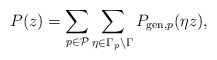
\begin{align*} P(z)=\sum_{p\in \mathcal{P}}\sum_{\eta\in\Gamma_{p}\backslash\Gamma}P_{\mathrm{gen},p}(\eta z),\end{align*}